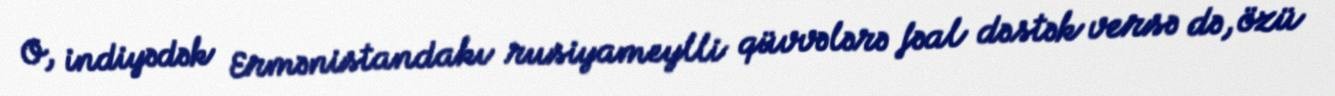
O, indiyədək Ermənistandakı rusiyameylli qüvvələrə fəal dəstək versə də, özü